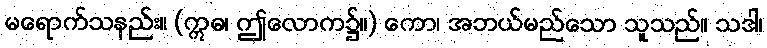
မရောက်သနည်း။ (ဣဓ၊ ဤလောက၌။) ကော၊ အဘယ်မည်သော သူသည်။ သဒါ၊